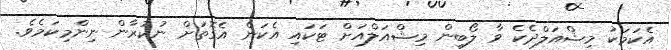
އެކަމަކު މިޝްއަލްދެކެ ވާ ލޯބިން މިޝްއަލްއަށް ޓަކައި އެކަން އެގޮތަށް ނުކުރާން ނިންމިކަމެވެ.